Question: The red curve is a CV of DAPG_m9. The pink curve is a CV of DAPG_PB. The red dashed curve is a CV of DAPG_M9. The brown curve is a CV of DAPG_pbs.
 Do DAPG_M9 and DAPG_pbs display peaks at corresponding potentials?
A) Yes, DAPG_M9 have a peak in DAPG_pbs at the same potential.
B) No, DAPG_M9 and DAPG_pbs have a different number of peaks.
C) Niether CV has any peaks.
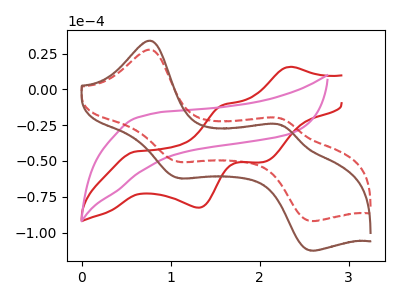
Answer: <think>The red curve "DAPG_m9" has anodic peaks at (2.35V, 15.75uA) (1.60V, -10.95uA) and cathodic peaks at (0.60V, -43.35uA) (1.30V, -82.60uA) (2.05V, -50.75uA). The pink curve "DAPG_PB" has no peaks. The red dashed curve "DAPG_M9" has anodic peaks at (0.80V, 27.65uA) (2.25V, -20.45uA) and cathodic peaks at (1.10V, -50.50uA) (2.55V, -91.90uA). The brown curve "DAPG_pbs" has anodic peaks at (0.80V, 33.85uA) (2.25V, -25.05uA) and cathodic peaks at (1.10V, -61.85uA) (2.55V, -112.55uA).</think>
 <answer>A) Yes, "DAPG_M9" have a peak in "DAPG_pbs" at the same potential.</answer>
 <eval>A</eval>